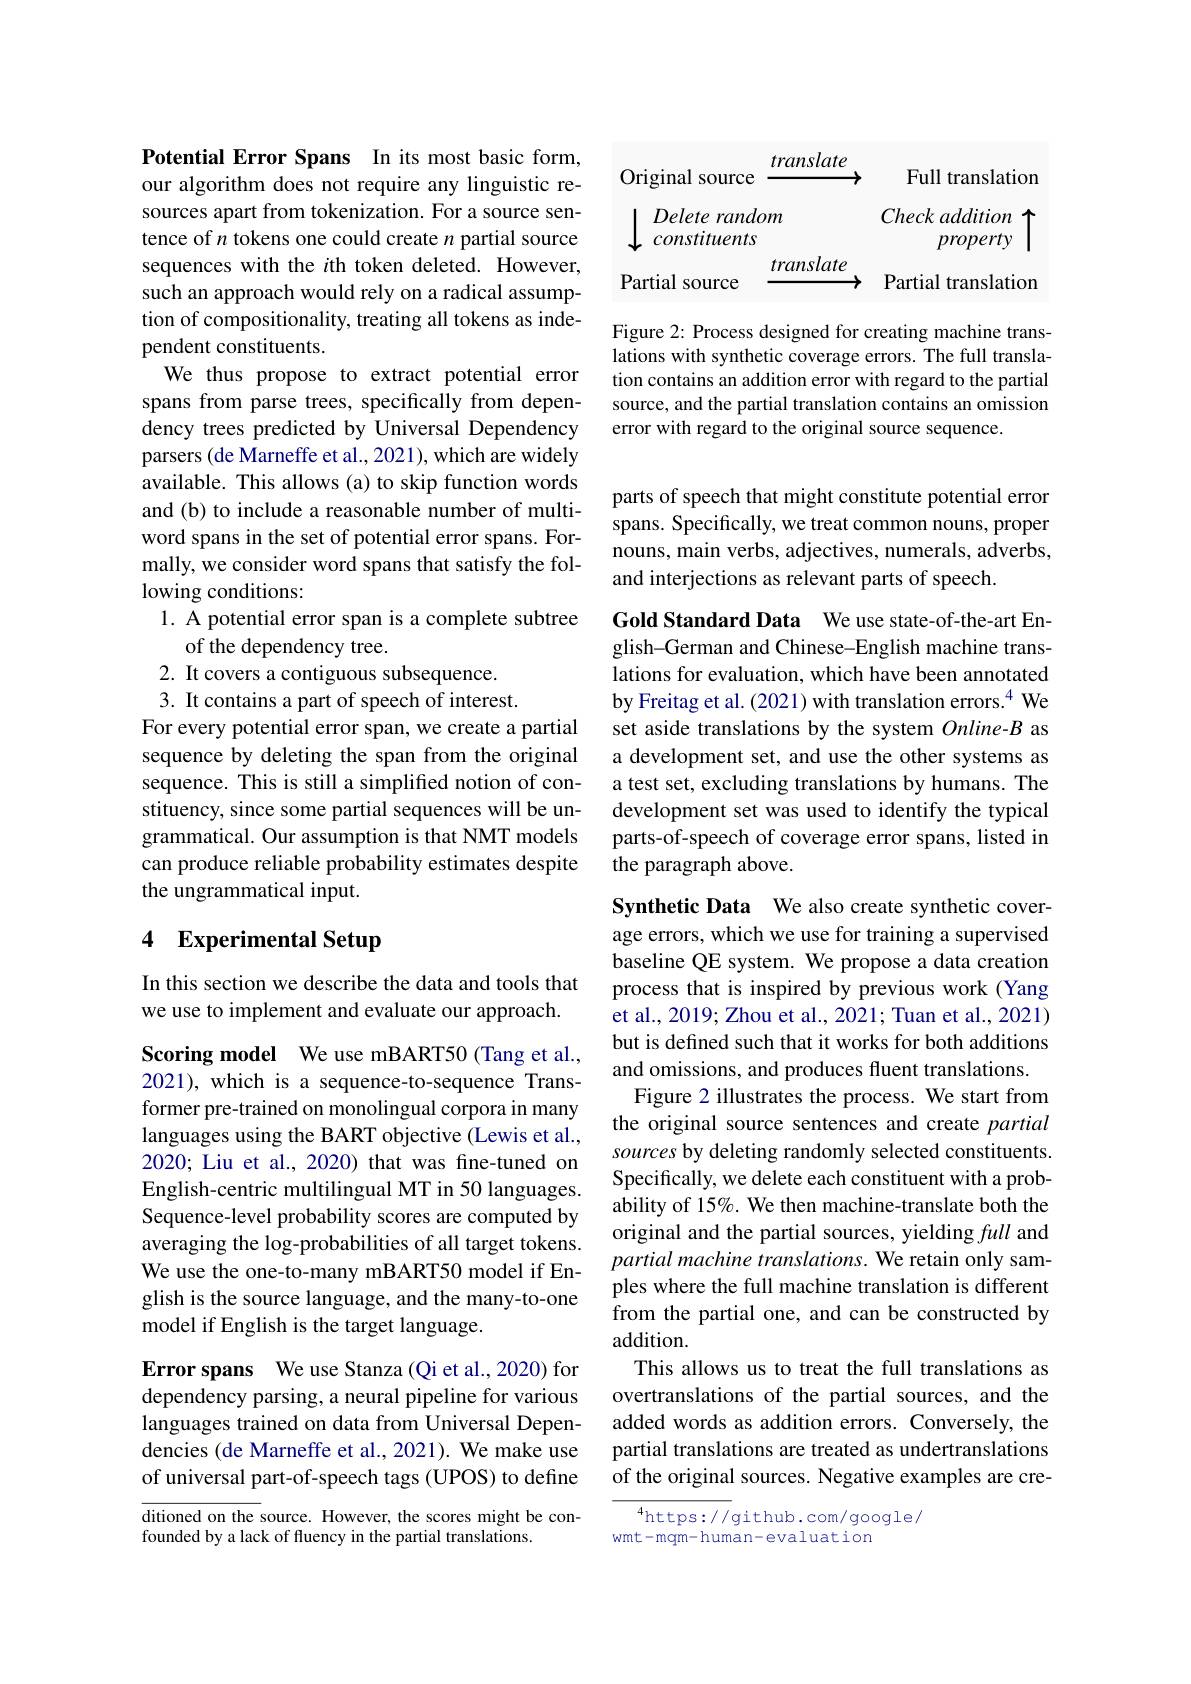
Potential Error Spans In its most basic form, our algorithm does not require any linguistic resources apart from tokenization. For a source sentence of $n$ tokens one could create $n$ partial source sequences with the ith token deleted. However, such an approach would rely on a radical assumption of compositionality, treating all tokens as independent constituents.
We thus propose to extract potential error spans from parse trees, specifically from dependency trees predicted by Universal Dependency parsers (de Marneffe et al., 2021), which are widely available. This allows (a) to skip function words and (b) to include a reasonable number of multiword spans in the set of potential error spans. Formally, we consider word spans that satisfy the following conditions:
1. A potential error span is a complete subtree
of the dependency tree.
2. It covers a contiguous subsequence.
3. It contains a part of speech of interest.
For every potential error span, we create a partial sequence by deleting the span from the original sequence. This is still a simplified notion of constituency, since some partial sequences will be ungrammatical. Our assumption is that NMT models can produce reliable probability estimates despite the ungrammatical input.

# 4 Experimental Setup

In this section we describe the data and tools that we use to implement and evaluate our approach.

Scoring model We use mBART50 (Tang et al., 2021), which is a sequence-to-sequence Transformer pre-trained on monolingual corpora in many languages using the BART objective (Lewis et al., 2020; Liu et al., 2020) that was fne-tuned on English-centric multilingual MT in 50 languages. Sequence-level probability scores are computed by averaging the log-probabilities of all target tokens. We use the one-to-many mBART50 model if English is the source language, and the many-to-one model if English is the target language.

Error spans We use Stanza (Qi et al., 2020) for dependency parsing, a neural pipeline for various languages trained on data from Universal Dependencies (de Marneffe et al., 2021). We make use of universal part-of-speech tags (UPOS) to define

ditioned on the source. However, the scores might be con-
founded by a lack of fluency in the partial translations.

translate
Original source
Full translation
$\downarrow\begin{array}{l}Delete\:random\\constituents\end{array}$
Checkadditionproperty
translate
Partial source
Partial translation

Figure 2: Process designed for creating machine translations with synthetic coverage errors. The full translation contains an addition error with regard to the partial source, and the partial translation contains an omission error with regard to the original source sequence.

parts of speech that might constitute potential error spans. Specifically, we treat common nouns, proper nouns, main verbs, adjectives, numerals, adverbs, and interjections as relevant parts of speech.

Gold Standard Data We use state-of-the-art English-German and Chinese-English machine translations for evaluation, which have been annotated by Freitag et al. (2021) with translation errors.$^{4}$ We set aside translations by the system Online-B as a development set, and use the other systems as a test set, excluding translations by humans. The development set was used to identify the typical parts-of-speech of coverage error spans, listed in the paragraph above.

Synthetic Data We also create synthetic coverage errors, which we use for training a supervised baseline QE system. We propose a data creation process that is inspired by previous work (Yang et al., 2019; Zhou et al., 2021; Tuan et al., 2021) but is defined such that it works for both additions and omissions, and produces fluent translations. Figure 2 illustrates the process. We start from the original source sentences and create partial sources by deleting randomly selected constituents. Specifically, we delete each constituent with a probability of 15%. We then machine-translate both the original and the partial sources, yielding full and partial machine translations. We retain only samples where the full machine translation is different from the partial one, and can be constructed by addition.
This allows us to treat the full translations as overtranslations of the partial sources, and the added words as addition errors. Conversely, the partial translations are treated as undertranslations of the original sources. Negative examples are cre-

$^{4}$https://github.com/google/
wmt-mqm-human-evaluation